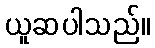
ယူဆပါသည်။